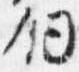
剣